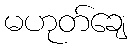
မဟုတ်ချေ